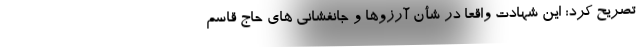
تصریح کرد: این شهادت واقعا در شأن آرزوها و جانفشانی های حاج قاسم